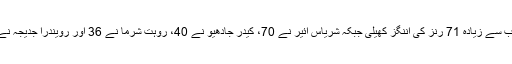
رشبھ پنت نے سب سے زیادہ 71 رنز کی اننگز کھیلی جبکہ شریاس ائیر نے 70، کیدر جادھیو نے 40، روہت شرما نے 36 اور رویندرا جدیجہ نے 21 رنز بنائے۔